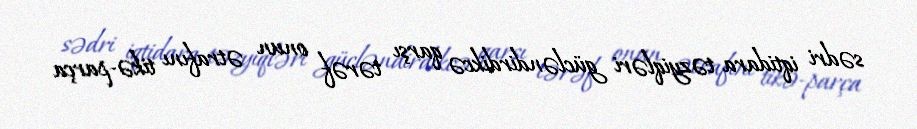
sədri iqtidara təzyiqləri gücləndirdikcə qarşı tərəf onun ətrafını tikə-parça